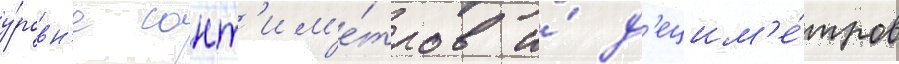
у́ровн'е сант'им'е́тров и́ д'ецим'е́тров